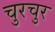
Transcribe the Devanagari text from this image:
चुरचुर